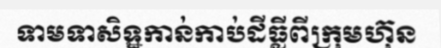
ទាមទាសិទ្ឋកាន់កាប់ដីធ្លីពីក្រុមហ៊ុន